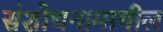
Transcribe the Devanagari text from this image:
संशोधनामागील